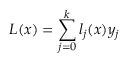
L ( x ) = \sum _ { j = 0 } ^ { k } l _ { j } ( x ) y _ { j }